Vaccination United Provinces of Agra and Oudh 1902-1913 - 1902-1913
Year: 1902
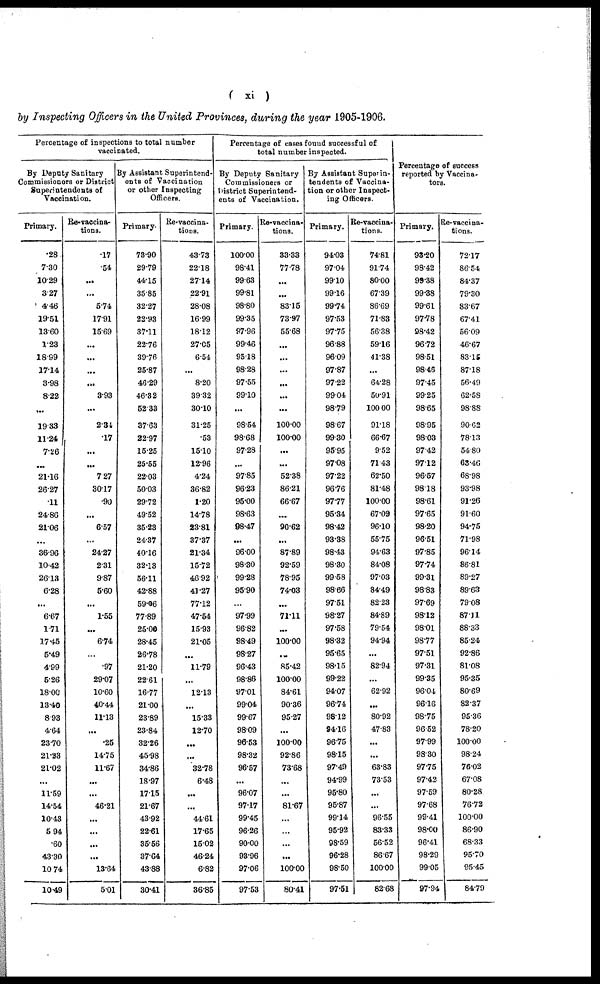
( xi )
by Inspecting Officers in the United Provinces, during the year 1905-1906.
Percentage of inspections to total number
vaccinated.
By Deputy Sanitary
Commissioners or District
Superintendents of
Vaccination.
Primary.
.28
7.30
10.29
3.27
4.46
19.51
13.60
1.23
18.99
17.14
3.98
8.22
...
19.33
11.24
7.26
...
21.16
26.27
.11
24.86
21.06
...
36.96
10.42
26.13
6.28
...
6.67
171
17.45
5.49
4.99
5.26
18.00
13.40
8.93
4.64
23.70
21.33
21.02
...
11.59
14.54
10.43
5.94
.60
43.30
10.74
10.49
Re-vaccina-
tions.
.17
.54
...
...
5.74
17.91
15.69
...
...
...
...
3.93
...
2.34
.17
...
...
7.27
30.17
.90
...
6.57
...
24.27
2.31
9.87
5.60
...
1.55
...
6.74
...
.97
29.07
10.60
40.44
11.13
...
.25
14.75
11.67
...
...
46.21
...
...
...
...
13.64
5.01
By Assistant Superintend-
ents of Vaccination
or other Inspecting
Officers.
Primary.
73.90
29.79
44.15
35.85
32.27
22.93
37.11
22.76
39.76
25.87
46.29
46.32
52.33
37.63
22.97
15.25
25.55
22.03
50.03
29.72
49.52
35.23
24.37
40.16
32.13
56.11
42.88
59.06
77.89
25.00
28.45
26.78
21.20
22.61
16.77
21.00
23.89
23.84
32.26
45.98
34.86
18.97
17.15
21.67
43.92
22.61
35.56
37.64
43.88
30.41
Re-vaccina-
tions.
43.73
22.18
27.14
22.91
28.08
16.99
18.12
27.05
6.54
...
8.20
39.32
30.10
31.25
.53
15.10
12.96
4.24
36.82
1.20
14.78
23.81
37.37
21.34
15.72
46.92
41.27
77.12
47.54
15.93
21.05
...
11.79
...
12.13
...
15.33
12.70
...
...
32.78
6.48
...
...
44.61
17.65
15.02
46.24
6.82
36.85
Percentage of cases found successful of
total number inspected.
By Deputy Sanitary
Commissioners or
District Superintend-
ents of Vaccination.
Primary.
100.00
98.41
99.63
99.81
98.80
99.35
97.96
99.46
95.18
98.28
97.55
99.10
...
98.54
98.68
97.28
...
97.85
96.23
95.00
98.63
98.47
...
96.00
98.30
99.28
95.90
...
97.99
96.82
98.49
98.27
96.43
98.86
97.01
99.04
99.67
98.09
96.53
98.32
96.57
...
96.07
97.17
99.45
96.26
90.00
93.96
97.06
97.53
Re-vaccina¬
tions.
33.33
77.78
...
...
83.15
73.97
55.68
...
...
...
...
...
...
100.00
100.00
...
...
52.38
86.21
66.67
...
90.62
...
87.89
92.59
78.95
74.03
...
71.11
...
100.00
...
85.42
100.00
84.61
90.36
95.27
...
100.00
92.86
73.68
...
...
81.67
...
...
...
...
100.00
80.41
By Assistant Superin-
tendents of Vaccina-
tion or other Inspect-
ing Officers.
Primary.
94.03
97.04
99.10
99.16
99.74
97.53
97.75
96.88
96.09
97.87
97.22
99.04
98.79
98.67
99.30
95.95
97.08
97.22
96.76
97.77
95.34
98.42
93.38
98.43
98.30
99.58
98.66
97.51
98.27
97.58
98.32
95.65
98.15
99.22
94.07
96.74
98.12
94.16
96.75
98.15
97.49
94.99
95.80
95.87
99.14
95.92
98.59
96.28
98.50
97.51
Re-vaccina-
tions.
74.81
91.74
80.00
67.39
86.69
71.83
56.38
59.16
41.38
...
64.28
50.91
100.00
91.18
66.67
9.52
71.43
62.50
81.48
100.00
67.09
96.10
55.75
94.63
84.08
97.03
84.49
82.23
84.89
79.54
94.94
...
82.94
...
62.92
...
80.92
47.83
...
...
63.83
73.53
...
...
96.55
83.33
56.52
86.67
100.00
82.68
Percentage of success
reported by Vaccina¬
tors.
Primary.
93.20
98.42
99.38
99.38
99.61
97.78
98.42
96.72
98.51
98.46
97.45
99.25
98.65
98.95
98.03
97.42
97.12
96.57
98.18
98.61
97.65
98.20
96.51
97.85
97.74
99.31
98.83
97.69
98.12
98.01
98.77
97.51
97.31
99.35
96.04
96.16
98.75
96.52
97.99
98.30
97.75
97.42
97.59
97.68
99.41
98.00
96.41
98.29
99.05
97.94
Re-vaccina-
tions.
72.17
86.54
84.37
79.30
83.67
67.41
56.09
46.67
83.15
87.18
56.49
62.58
98.88
90.62
78.13
54.80
63.46
68.98
93.98
91.26
91.60
94.75
71.98
96.14
86.81
89.27
89.63
79.08
87.11
88.33
85.24
92.86
81.08
95.35
80.69
82.37
95.36
78.20
100.00
98.24
76.02
67.08
80.28
76.72
100.00
86.90
68.33
95.70
95.45
84.79